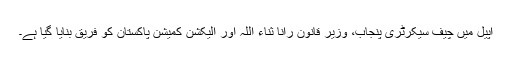
اپیل میں چیف سیکرٹری پنجاب، وزیر قانون رانا ثناء اللہ اور الیکشن کمیشن پاکستان کو فریق بنایا گیا ہے۔